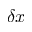
\delta x